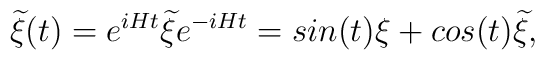
{\widetilde \xi}(t) = e^{iHt} {\widetilde \xi} e^{-iHt} = sin(t) \xi +cos(t) {\widetilde \xi},